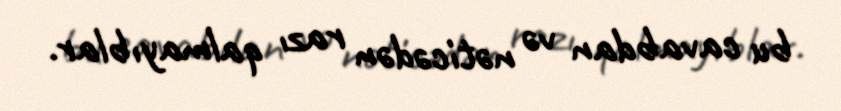
bu cavabdan və nəticədən razı qalmayıblar.